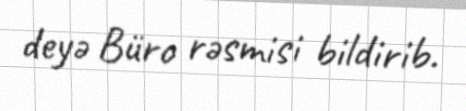
deyə Büro rəsmisi bildirib.